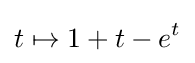
t\mapsto 1+t-e^{t}